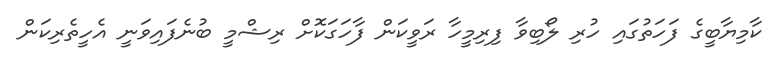
ކާމިޔާބީގެ ފަހަތުގައި ހުރި ލޯބިވާ ފިރިމީހާ ރަވީކަން ފާހަގަކޮށް ރިޝްމީ ބުނެފައިވަނީ އެހީތެރިކަން